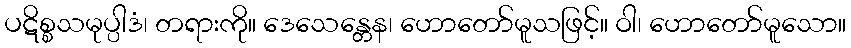
ပဋိစ္စသမုပ္ပါဒံ၊ တရားကို။ ဒေသေန္တေန၊ ဟောတော်မူသဖြင့်။ ဝါ၊ ဟောတော်မူသော။